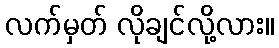
လက်မှတ် လိုချင်လို့လား။